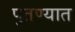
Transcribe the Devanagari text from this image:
पुतण्यात